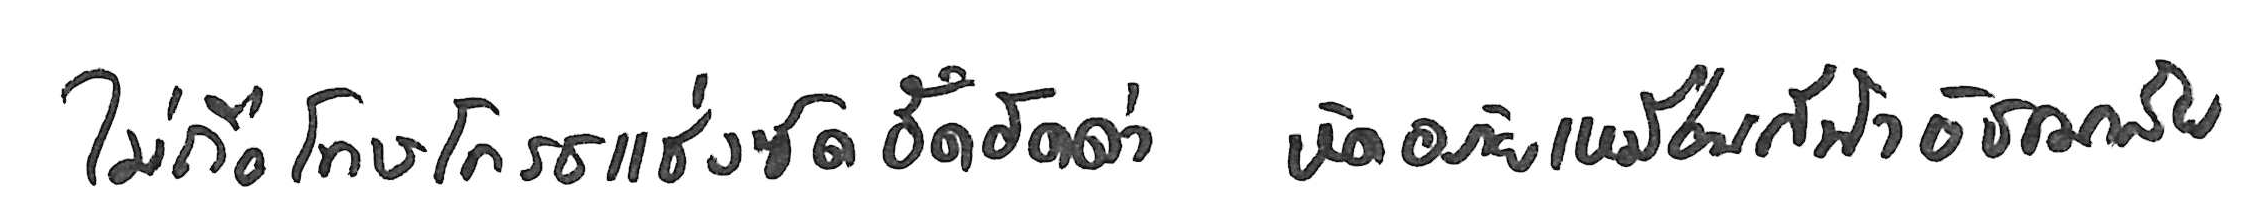
ไม่ถือโทษโกรธแช่งซัดฮึดฮัดด่า หัดอภัยเหมือนกีฬาอัชฌาสัย